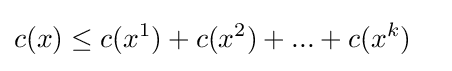
{\displaystyle {\begin{aligned}c(x)&\leq c(x^{1})+c(x^{2})+...+c(x^{k})\end{aligned}}}